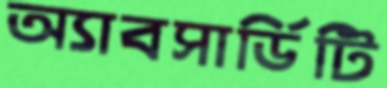
অ্যাবসার্ডিটি